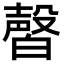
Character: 㿦